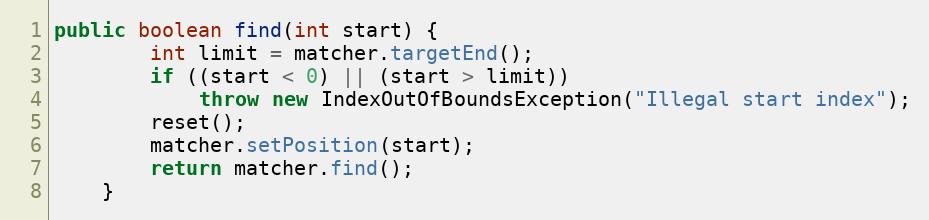
Language: Java
public boolean find(int start) {
        int limit = matcher.targetEnd();
        if ((start < 0) || (start > limit))
            throw new IndexOutOfBoundsException("Illegal start index");
        reset();
        matcher.setPosition(start);
        return matcher.find();
    }